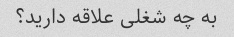
به چه شغلی علاقه دارید؟